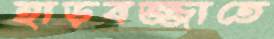
হাড়বজ্জাতে